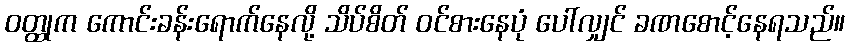
ဝတ္ထုက ကောင်းခန်းရောက်နေလို့ သိပ်စိတ် ဝင်စားနေပုံ ပေါ်လျှင် ခဏစောင့်နေရသည်။